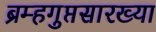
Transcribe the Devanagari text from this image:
ब्रम्हगुप्तसारख्या